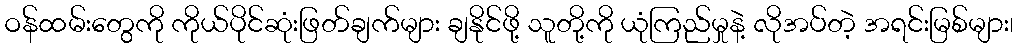
ဝန်ထမ်းတွေကို ကိုယ်ပိုင်ဆုံးဖြတ်ချက်များ ချနိုင်ဖို့ သူတို့ကို ယုံကြည်မှုနဲ့ လိုအပ်တဲ့ အရင်းမြစ်များ၊